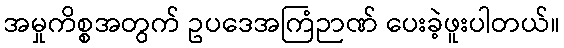
အမှုကိစ္စအတွက် ဥပဒေအကြံဉာဏ် ပေးခဲ့ဖူးပါတယ်။